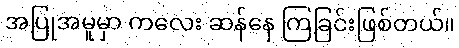
အပြုအမူမှာ ကလေး ဆန်နေ ကြခြင်းဖြစ်တယ်။